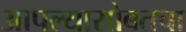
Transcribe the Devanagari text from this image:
आपल्यासोबतचा